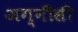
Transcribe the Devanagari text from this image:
अग्नीसी